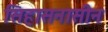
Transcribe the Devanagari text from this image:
सिहासनासीन